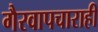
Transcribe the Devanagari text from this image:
गैरवापचाराही